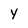
Character: y